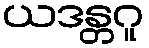
ယဒန္တဂူ